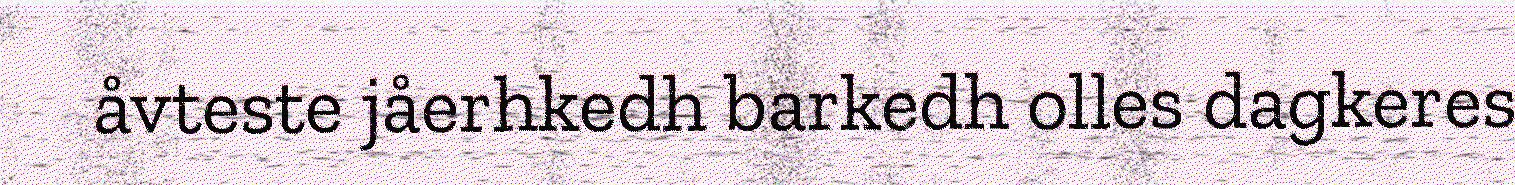
åvteste jåerhkedh barkedh olles dagkeres